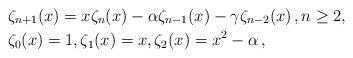
LaTeX: \begin{align*}&\zeta_{n+1}(x)=x \zeta_{n}(x)-\alpha \zeta_{n-1}(x)-\gamma \zeta_{n-2}(x)\, , n \geq 2,\\& \zeta_{0}(x)=1,\zeta_{1}(x)=x, \zeta_{2}(x)=x^{2}-\alpha\, ,\end{align*}